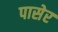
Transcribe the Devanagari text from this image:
पासेर